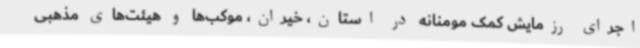
اجرای رزمایش کمک مومنانه در استان، خیران، موکب‌ها و هیئت‌های مذهبی